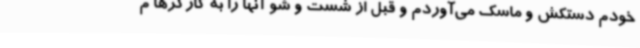
خودم دستکش و ماسک می‌آوردم و قبل از شست و شو آنها را به کارگرها م